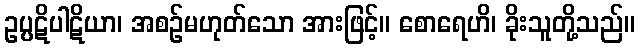
ဥပ္ပဋိပါဋိယာ၊ အစဉ်မဟုတ်သော အားဖြင့်။ စောရေဟိ၊ ခိုးသူတို့သည်။